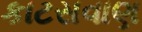
કાટસવાણ